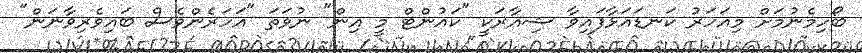
ބޯހިމެނުމަށް މިއަހަރު ކަނޑައަޅާފައިވާ ޝިއާރަކީ "ކައުންޓް މީ އިން" ނުވަތަ "އަހަރެންވެސް ބައިވެރިވާނަން"